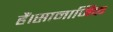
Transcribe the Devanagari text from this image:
हैं।सामाजिक